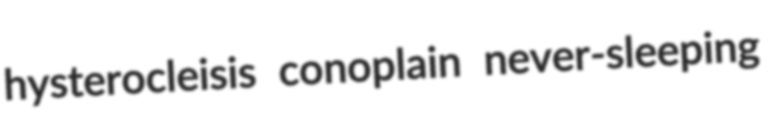
hysterocleisis conoplain never-sleeping